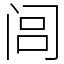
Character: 闾